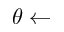
\theta \gets